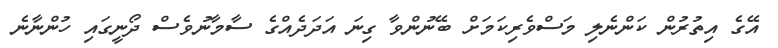
އޭގެ އިތުރުން ކަންނެލި މަސްވެރިކަމަށް ބޭނުންވާ ގިނަ އަދަދެއްގެ ސާމާނުވެސް ދޯނީގައި ހުންނާނެ